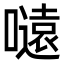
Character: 𭋜